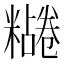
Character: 𫃔